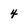
Character: 4